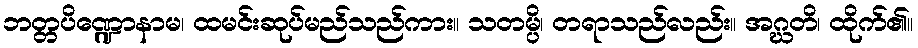
ဘတ္တပိဏ္ဍောနာမ၊ ထမင်းဆုပ်မည်သည်ကား။ သတမ္ပိ၊ တရာသည်လည်း။ အဂ္ဃတိ၊ ထိုက်၏။